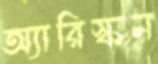
অ্যারিস্কন